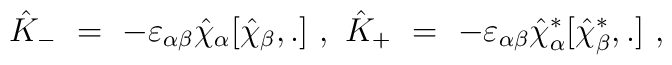
{\hat K}_- \ =\ -\varepsilon_{\alpha \beta} {\hat \chi}_\alpha [{\hat \chi}_\beta ,.] \ ,\ {\hat K}_+ \ =\ -\varepsilon_{\alpha \beta} {\hat \chi}^*_\alpha [ {\hat \chi}^*_\beta ,.] \ ,